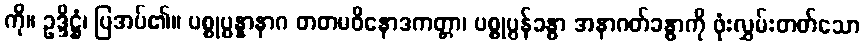
ကို။ ဥဒ္ဒိဋ္ဌံ၊ ပြအပ်၏။ ပစ္စုပ္ပန္နာနာဂ တတမဝိနောဒကတ္တာ၊ ပစ္စုပ္ပန်ခန္ဓာ အနာဂတ်ခန္ဓာကို ဖုံးလွှမ်းတတ်သော